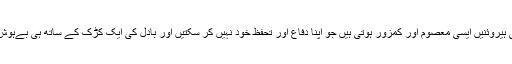
ان کہانیوں کی ہیروئنیں ایسی معصوم اور کمزور ہوتی ہیں جو اپنا دفاع اور تحفظ خود نہیں کر سکتیں اور بادل کی ایک کڑک کے ساتھ ہی بےہوش ہو جاتی ہیں۔